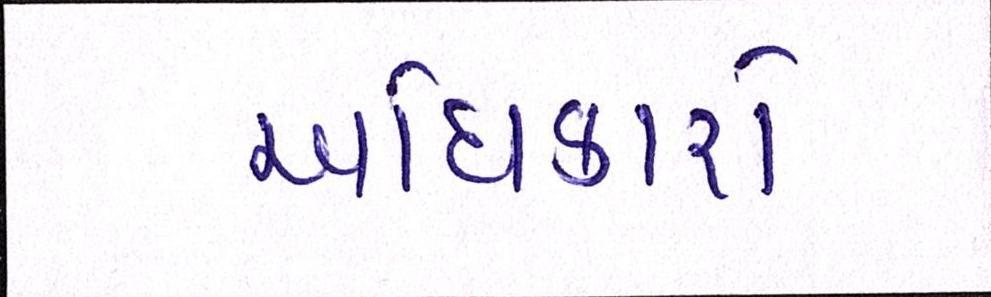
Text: અધિકારો